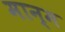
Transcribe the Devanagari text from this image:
मान्म